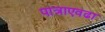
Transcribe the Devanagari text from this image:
पात्राएवढा